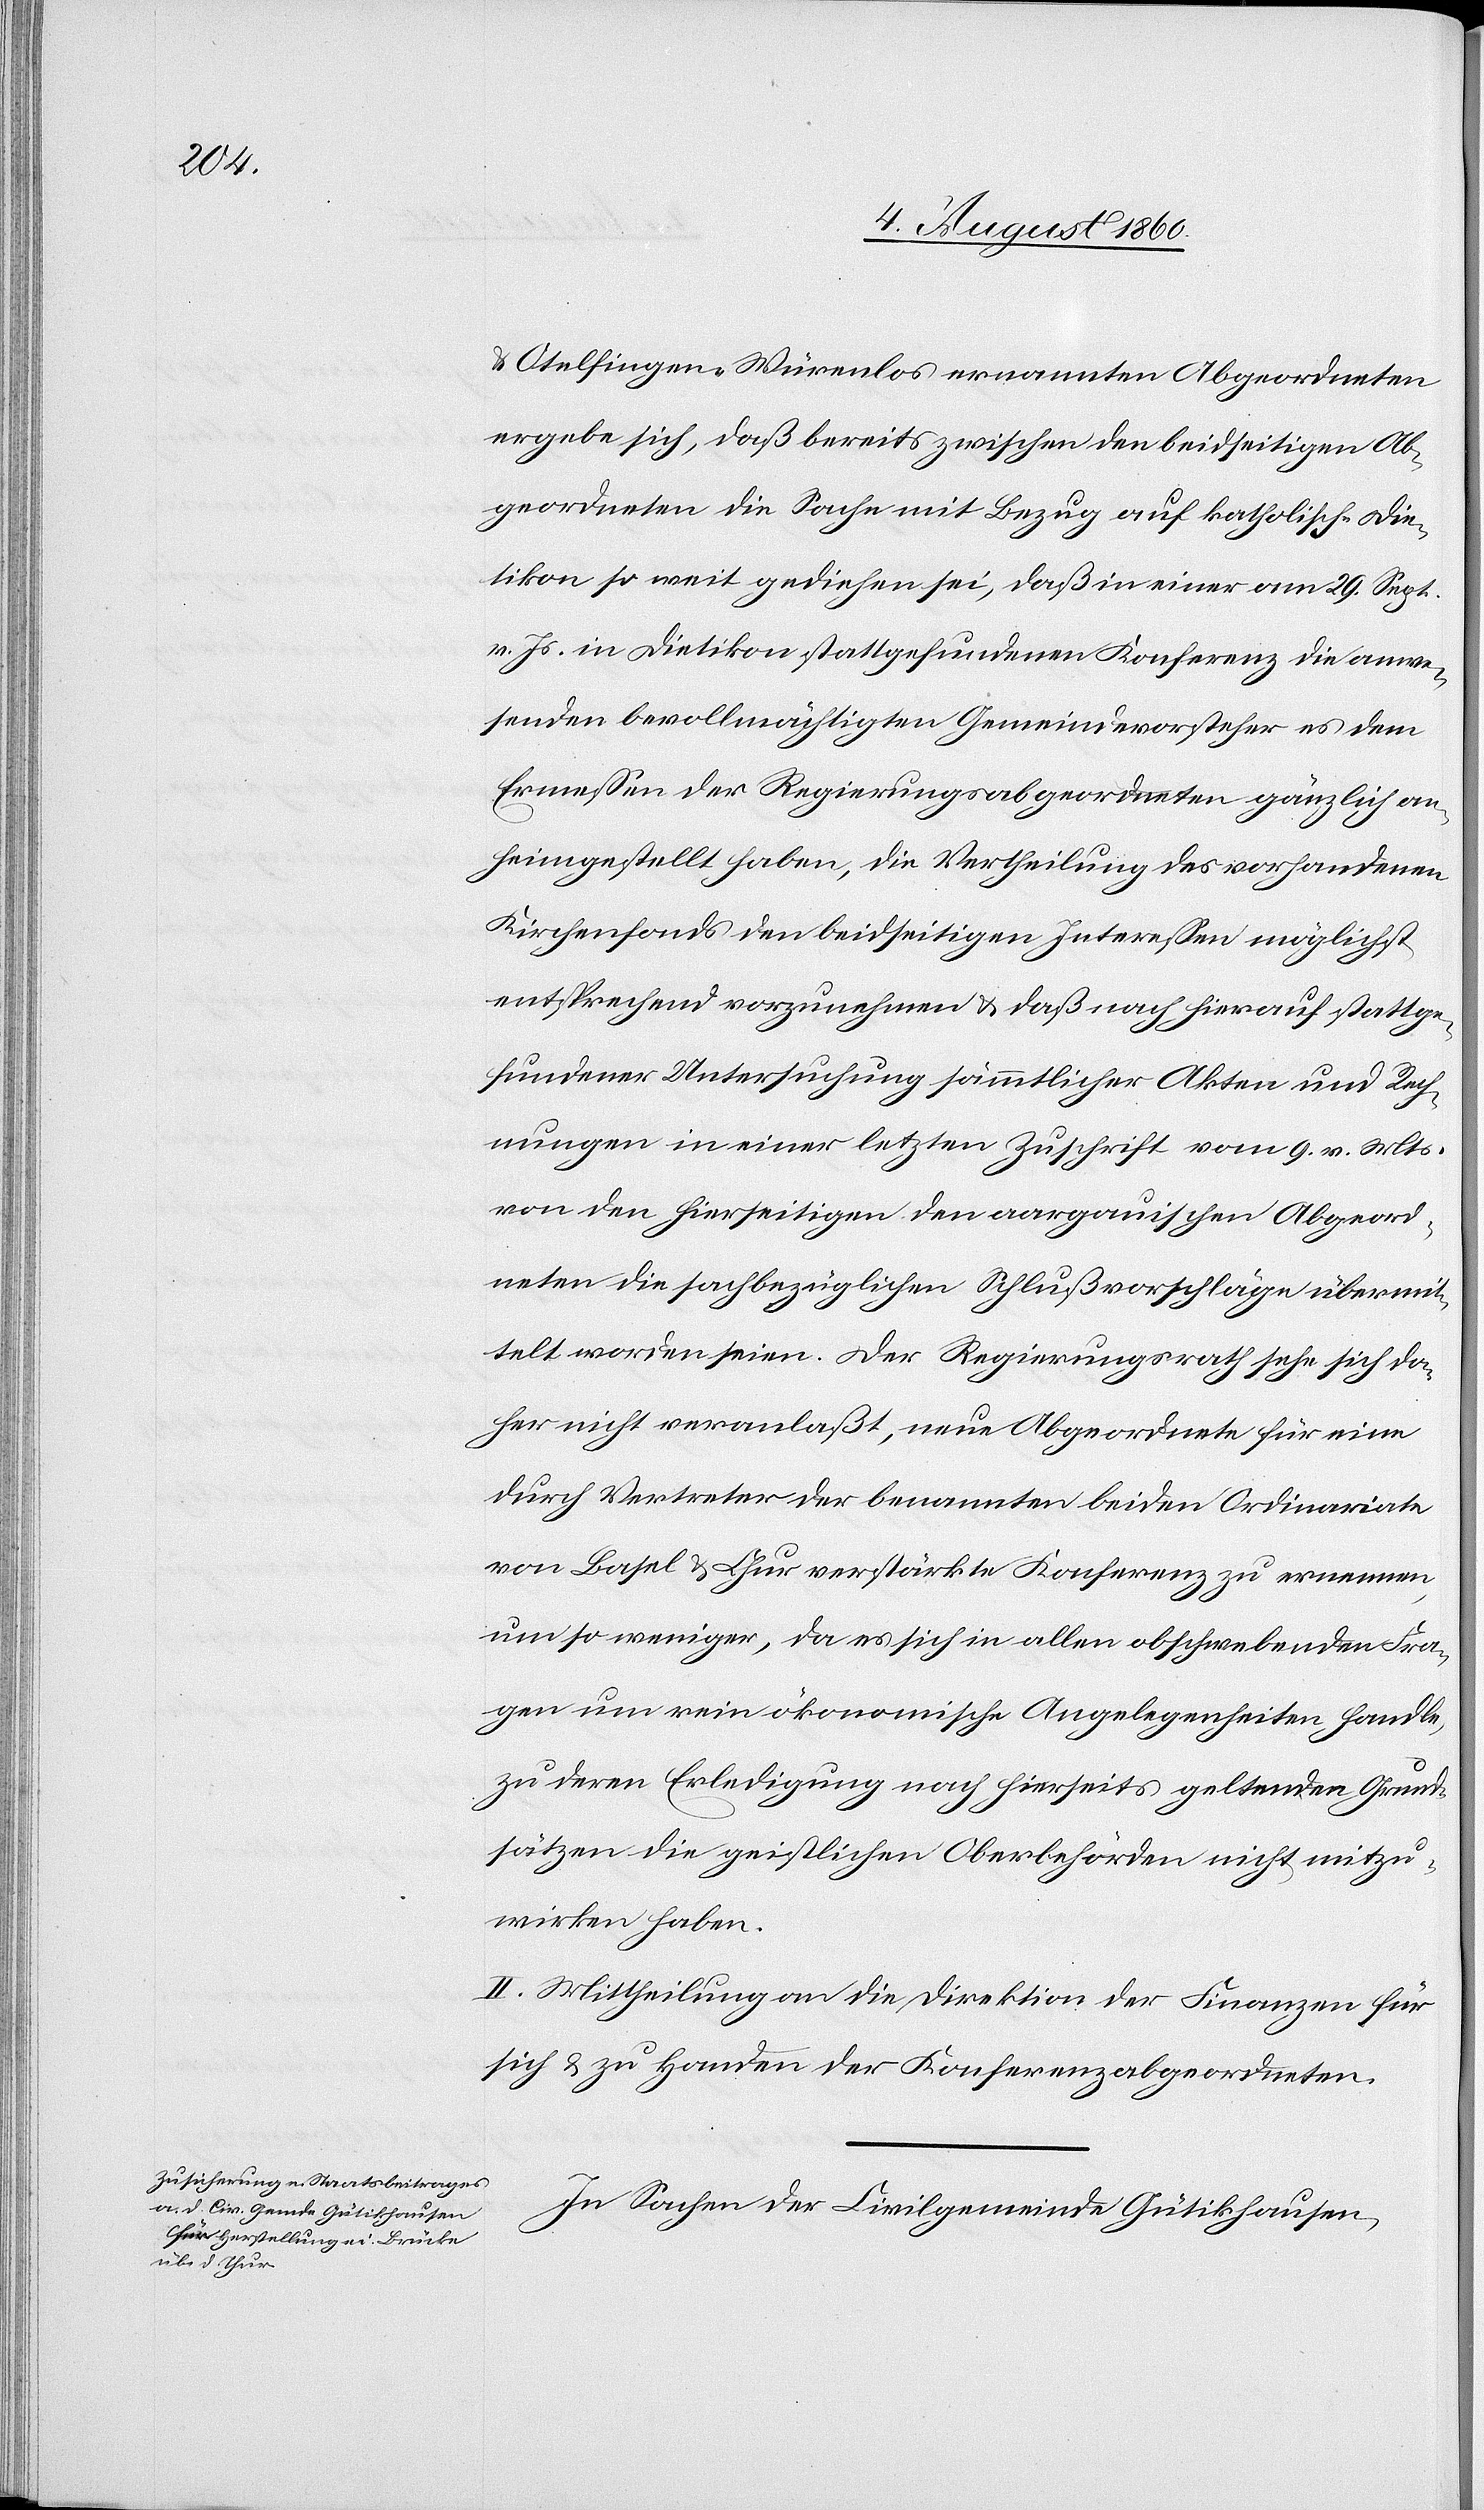
ember

Otelfingen-Würenlos ernannten Abgeordneten
ergebe sich, dass bereits zwischen den beidseitigen Ab¬
geordneten die Sache mit Bezug auf katholisch-Die¬
tikon so weit gediehen sei, dass in einer am 29. Sept¬
v. Js. in Dietikon statt gefundenen Conferenz die anwe¬
senden bevollmächtigten Gemeindevorsteher es dem
Ermessen der Regierungsabgeordneten gänzlich an¬
heimgestellt haben, die Vertheilung des vorhandenen
Kirchenfonds den beidseitigen Interessen möglichst
entsprechend vorzunehmen, und dass nach hierauf stattge¬
fundener Untersuchung sämmtlicher Akten und Rech¬
nungen in einer letzten Zuschrift vom 9. v. Mts.
von den hierseitigen den aargauischen Abgeord¬
neten die sachbezüglichen Schlußvorschläge übermit¬
telt worden seien. Der Regierungsrath sehe sich da¬
her nicht veranlasst, neue Abgeordnete für einen
durch Vertreter der benannten beiden Ordinariate
von Basel u. Chur verstärkte Conferenz zu ernennen,
um so weniger, da es sich in allen obschwebenden Fra¬
gen um rein oekonomische Angelegenheiten handle,
zu deren Erledigung nach hierseits geltenden Grund¬
sätzen die geistlichen Oberbehörden nicht mitzu¬
wirken haben.
II. Mittheilung an die Direktion der Finanzen für
sich und zu Handen der Konferenzabgeordneten.
In Sachen der Civilgemeinde Gütikhausen